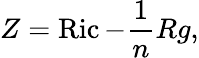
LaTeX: Z=\operatorname{Ric}-{\frac{1}{n}}Rg,